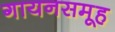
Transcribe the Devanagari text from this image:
गायनसमूह